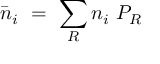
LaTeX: { \bar { n } } _ { i } \ = \ \sum _ { R } n _ { i } \ P _ { R }